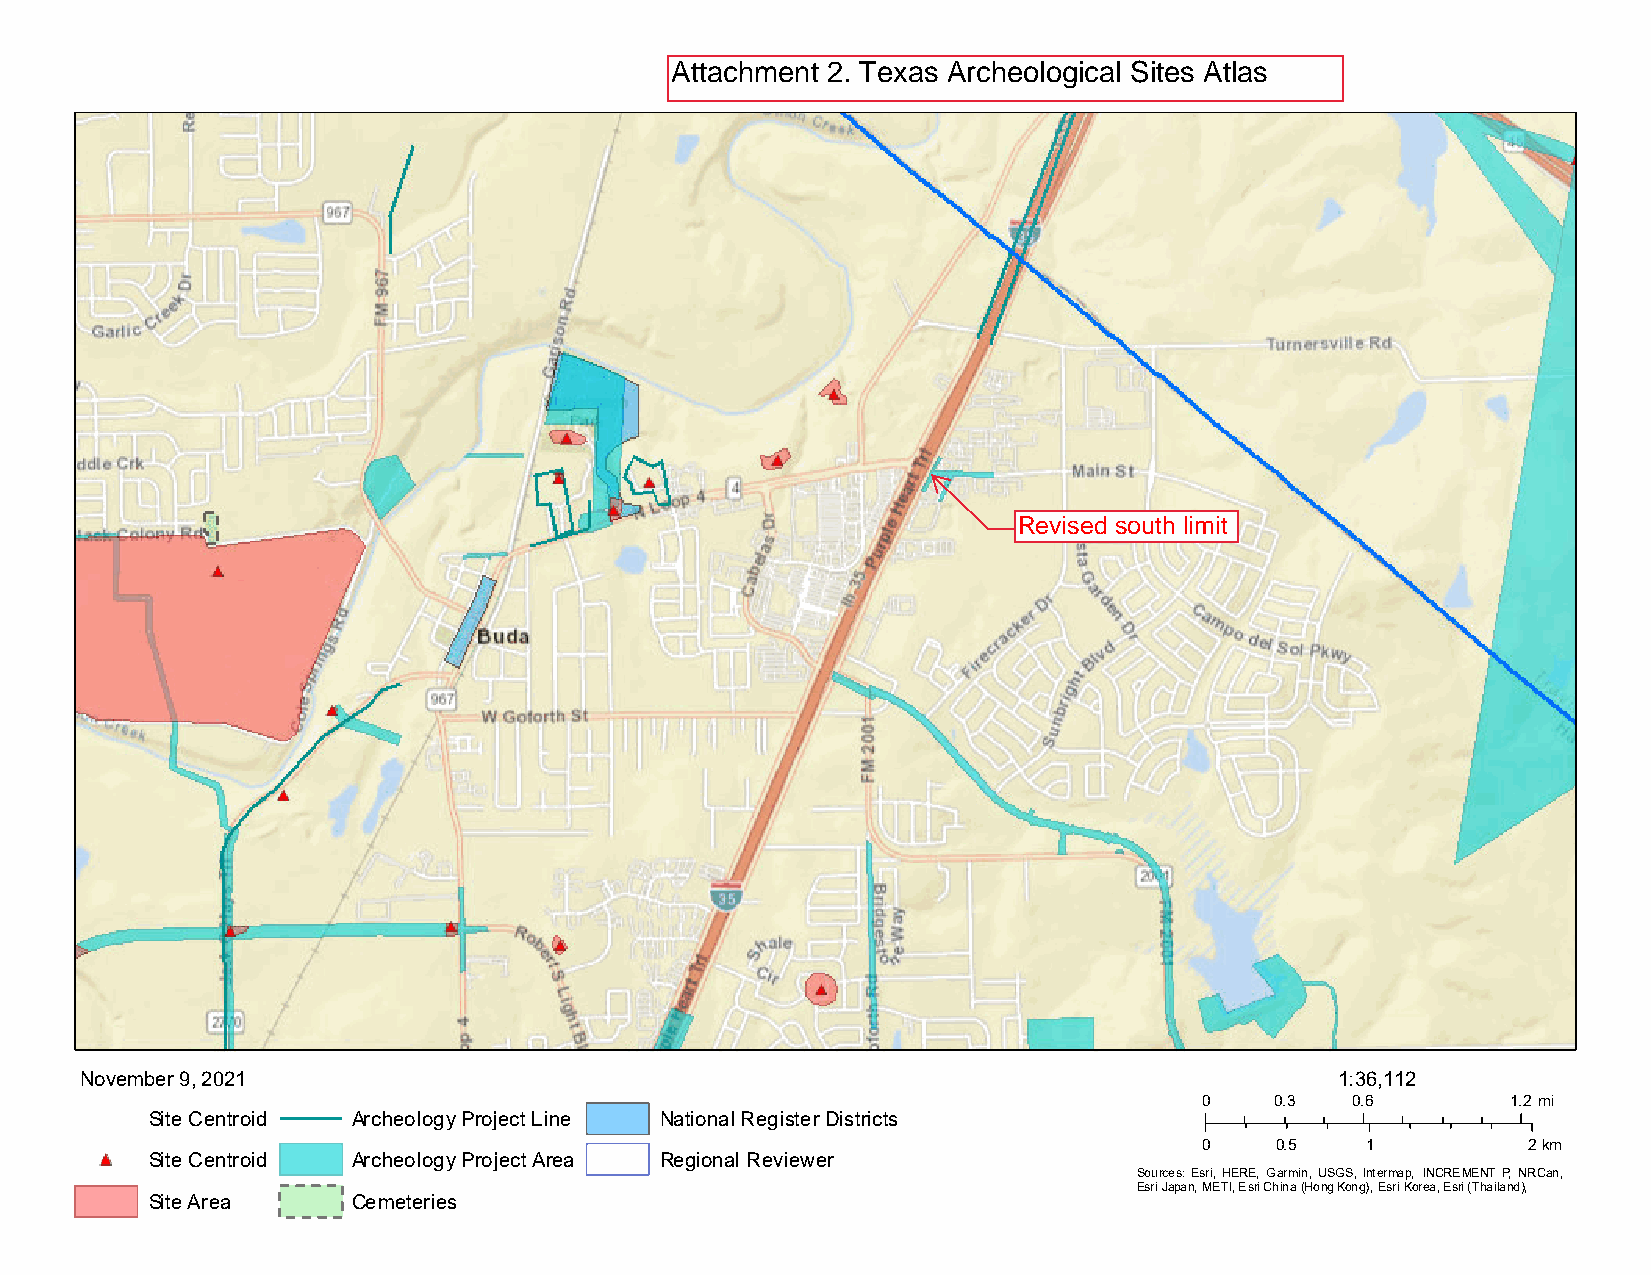
November 9, 2021                                                                    1:36,112
 0   0.3  0.6        1.2 mi
 Site Centroid Archeology Project Line National Register Districts
 0   0.5   1          2km
 Site Centroid Archeology Project Area Regional Reviewer
 Sources: Esri, HERE, Garmin, USGS, Intermap, INCREMENT P, NRCan,
 Esri Japan, METI, Esri China (Hong Kong), Esri Korea, Esri (Thailand),
 Site Area    Cemeteries